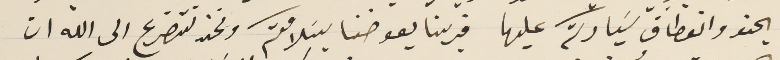
يحنو وانعطاف سَيادتكم عليها فربنا يعوضنا يسَلامتكم ونحن نتضرع الى الله ان